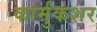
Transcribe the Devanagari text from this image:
कार्मुकशर